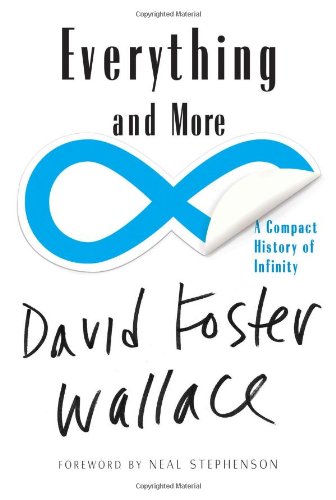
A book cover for Everything and More: A Compact History of Infinity; David Foster Wallace; Science & Math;